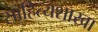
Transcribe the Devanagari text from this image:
साहित्यशाखा